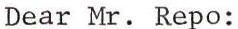
Dear Mr. Repo: